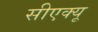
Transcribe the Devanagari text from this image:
सीएक्यू